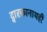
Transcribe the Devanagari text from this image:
द्वारकानाथही